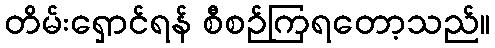
တိမ်းရှောင်ရန် စီစဉ်ကြရတော့သည်။